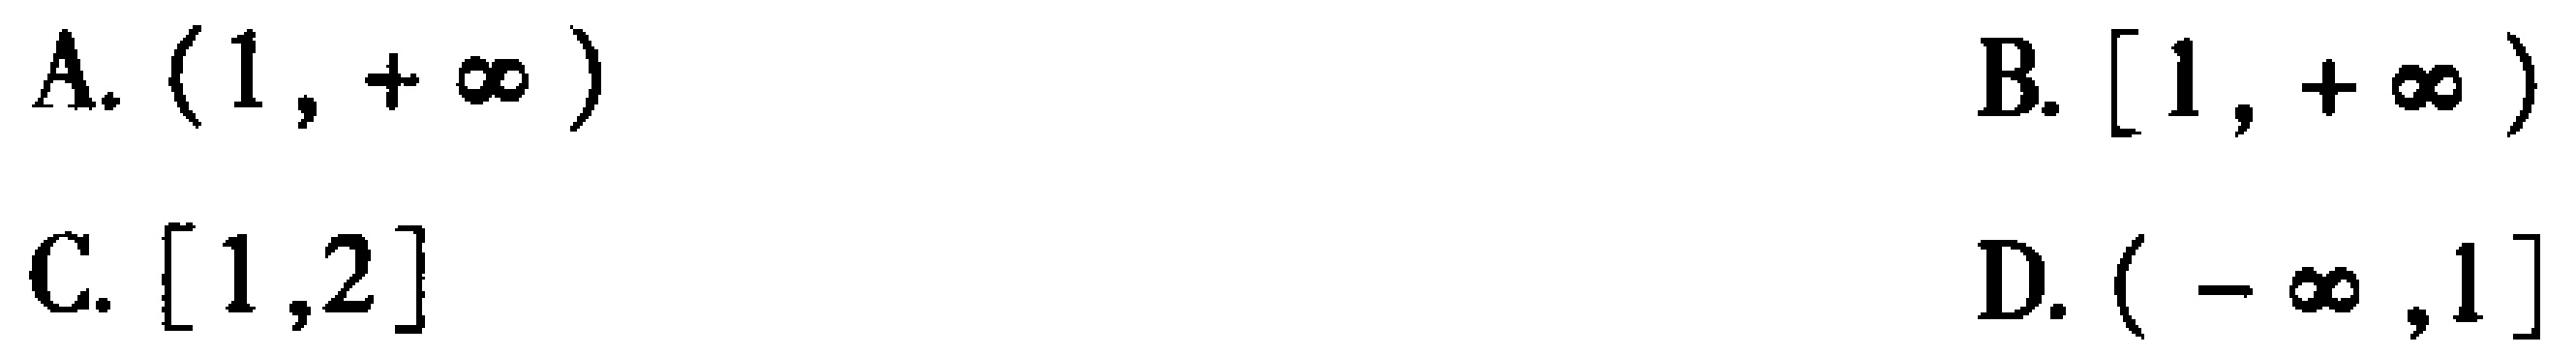
A. $(1,+\infty)$
B. $[1,+\infty)$
C. $[1,2]$
D. $(-\infty,1]$